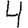
Digit: 4